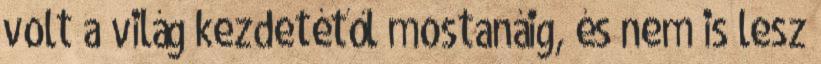
volt a világ kezdetétől mostanáig, és nem is lesz